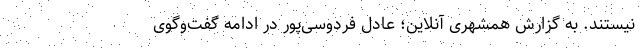
نیستند. به گزارش همشهری آنلاین؛ عادل فردوسی‌پور در ادامه گفت‌وگوی